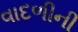
વાદળીની